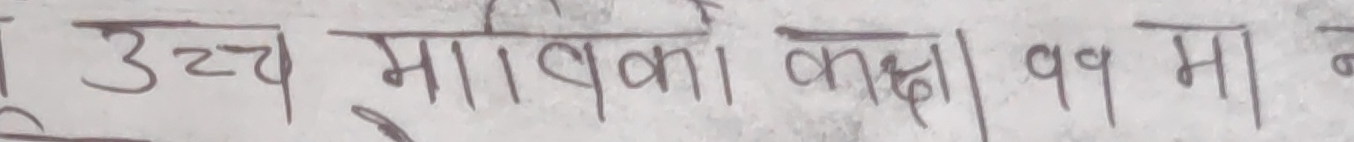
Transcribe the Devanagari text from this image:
उच्च मावि का कक्षा ११ मा